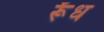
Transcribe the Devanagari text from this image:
र्रूँध